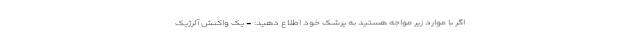
اگر با موارد زیر مواجه هستید به پزشک خود اطلاع دهید: - یک واکنش آلرژیک